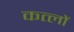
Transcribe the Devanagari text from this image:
कत्लों